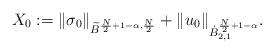
LaTeX: \begin{align*} X_0 :=\Vert \sigma_0\Vert_{\widetilde{B}^{\frac{N}{2}+1-\alpha,\frac{N}{2}}} +\Vert u_0\Vert_{\dot{B}^{\frac{N}{2}+1-\alpha}_{2,1}}.\end{align*}